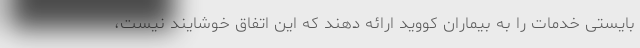
بایستی خدمات را به بیماران کووید ارائه دهند که این اتفاق خوشایند نیست،